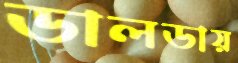
ডালডায়